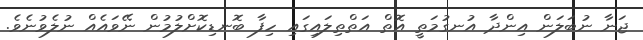
ޖަނާ ނުބަލަން އިންދާ އުނގުމަތީ އޮތް އަތްތިލައިގައި ހިފާ ބޮނޑިކޮށްލުމުން ނޭވައެއް ނުލެވުނެވެ.